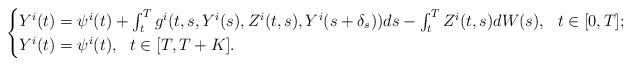
\begin{align*} \begin{cases} Y^{i}(t)=\psi^{i}(t) + \int_t^T g^{i}(t,s,Y^{i}(s),Z^{i}(t,s),Y^{i}(s+\delta_{s})) ds - \int_t^T Z^{i}(t,s) dW(s), \ \ t\in [0,T]; \\ Y^{i}(t)=\psi^{i}(t), \ \ t\in [T,T+K]. \end{cases}\end{align*}